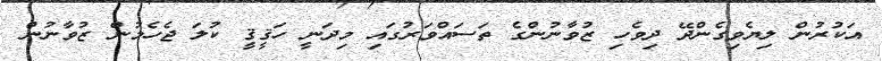
އަކުރުން ލިޔެވިގެންދޭ ދިވެހި ޒުވާނުންގެ ތަސައްވަރުގައި މިދަނީ ހަޤީޤީ ކުލަ ޖެހެމުން ޒުވާނުން